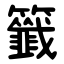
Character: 籤